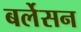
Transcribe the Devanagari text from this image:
बर्लेसन